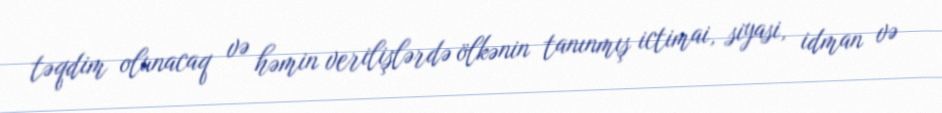
təqdim olunacaq və həmin verilişlərdə ölkənin tanınmış ictimai, siyasi, idman və